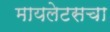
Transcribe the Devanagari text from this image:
मायलेटसचा